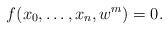
LaTeX: \begin{align*}f (x_0,\dots,x_n,w^m) = 0.\end{align*}